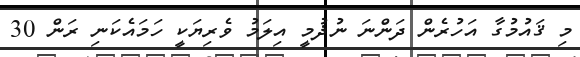
މި ޤައުމުގާ އަހުރެން ދަންނަ ނުޛުމީ އިލަމު ވެރިޔަކީ ހަމައެކަނި ރަން 30